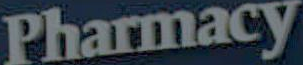
Pharmacy